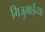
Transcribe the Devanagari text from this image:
गिजुभाईंच्या